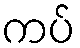
ကပ်